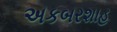
અકબરશાહ